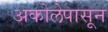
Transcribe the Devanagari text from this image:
अकोलेपासून